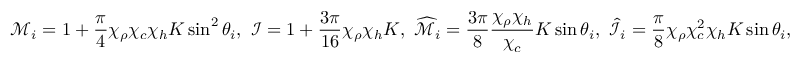
\mathcal { M } _ { i } = 1 + \frac { \pi } { 4 } \chi _ { \rho } \chi _ { c } \chi _ { h } K \sin ^ { 2 } \theta _ { i } , ~ \mathcal { I } = 1 + \frac { 3 \pi } { 1 6 } \chi _ { \rho } \chi _ { h } K , ~ \widehat { \mathcal { M } } _ { i } = \frac { 3 \pi } { 8 } \frac { \chi _ { \rho } \chi _ { h } } { \chi _ { c } } K \sin \theta _ { i } , ~ \widehat { \mathcal { I } } _ { i } = \frac { \pi } { 8 } \chi _ { \rho } \chi _ { c } ^ { 2 } \chi _ { h } K \sin \theta _ { i } ,